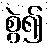
စွဲ၍